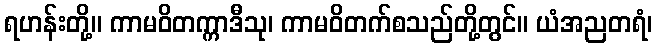
ရဟန်းတို့။ ကာမဝိတက္ကာဒီသု၊ ကာမဝိတက်စသည်တို့တွင်။ ယံအညတရံ၊